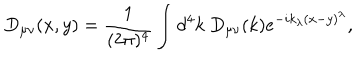
D _ { \mu \nu } ( x , y ) = \frac { 1 } { ( 2 \pi ) ^ { 4 } } \int d ^ { 4 } k \ D _ { \mu \nu } ( k ) e ^ { - i k _ { \lambda } ( x - y ) ^ { \lambda } } ,